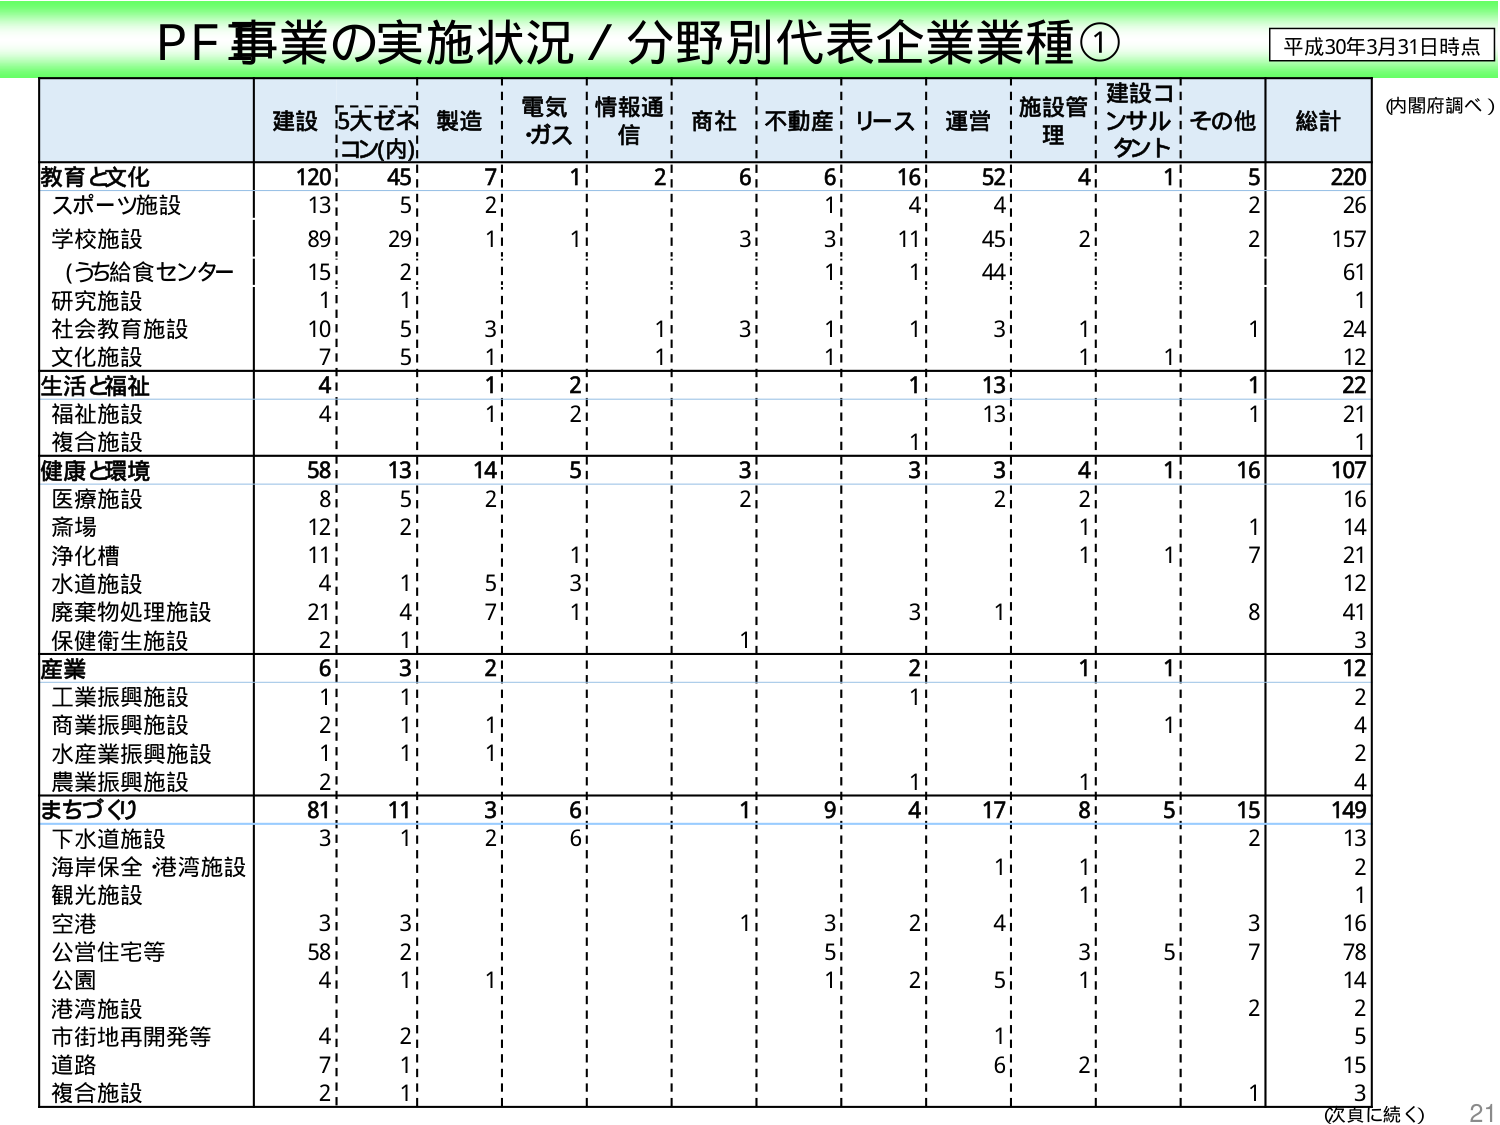
PF事業の実施状況／分野別代表企業業種①
平成30年3月31日時点
（内閣府調べ）

建設　5大ゼネコン(内)　製造　電気・ガス　情報通信　商社　不動産　リース　運営　施設管理　建設コンサルタント　その他　総計

教育と文化
120　45　7　1　2　6　6　16　52　4　1　5　220
スポーツ施設
13　5　2　　　1　4　4　　　2　26
学校施設
89　29　1　1　　　3　3　11　45　2　　　2　157
（うち給食センター）
15　2　　　　　1　1　44　　　61
研究施設
1　1　　　　　　　　　　　　　1
社会教育施設
10　5　3　　　1　3　1　1　3　1　1　24
文化施設
7　5　1　　　1　　　1　1　1　12

生活と福祉
4　　　1　2　　　1　13　　　1　22
福祉施設
4　　　1　2　　　　　13　1　21
複合施設
　　　　　　　　　1　　　　　1

健康と環境
58　13　14　5　　　3　　　3　3　4　1　16　107
医療施設
8　5　2　　　2　　　2　2　16
斎場
12　2　　　　　　　1　　　1　14
浄化槽
11　　　1　　　　　1　1　7　21
水道施設
4　1　5　3　　　　　　　　　12
廃棄物処理施設
21　4　7　1　　　3　1　　　8　41
保健衛生施設
2　1　　　　　1　　　　　　　3

産業
6　3　2　　　　　2　　　1　1　12
工業振興施設
1　1　　　　　1　　　　　　　2
商業振興施設
2　1　1　　　　　　　1　　　4
水産業振興施設
1　1　1　　　　　　　　　　　2
農業振興施設
2　　　　　　　1　　　1　　　4

まちづくり
81　11　3　6　1　9　4　17　8　5　15　149
下水道施設
3　1　2　6　　　　　　　　　2　13
海岸保全・港湾施設
　　　　　　　1　1　　　　　2
観光施設
　　　　　　　　　1　　　　　1
空港
3　3　　　1　3　2　4　　　3　16
公営住宅等
58　2　　　5　　　3　5　7　78
公園
4　1　1　　　1　2　5　1　　　14
港湾施設
　　　　　　　　　　　2　2
市街地再開発等
4　2　　　　　1　　　　　5
道路
7　1　　　　　6　2　　　　　15
複合施設
2　1　　　　　　　　　　　1　3

（次頁に続く）
21